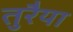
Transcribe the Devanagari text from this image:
तुरैया